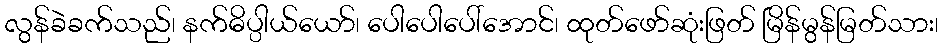
လွန်ခဲခက်သည်၊ နက်ဓိပ္ပါယ်ယော်၊ ပေါပေါပေါ်အောင်၊ ထုတ်ဖော်ဆုံးဖြတ် မြိန်မွန်မြတ်သား၊